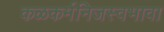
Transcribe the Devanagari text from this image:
कळकर्मनिजस्वभावा